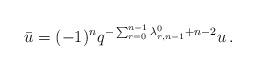
LaTeX: \begin{align*}\bar u=(-1)^nq^{-\sum_{r=0}^{n-1}\lambda^0_{r,n-1}+n-2}u \,.\end{align*}